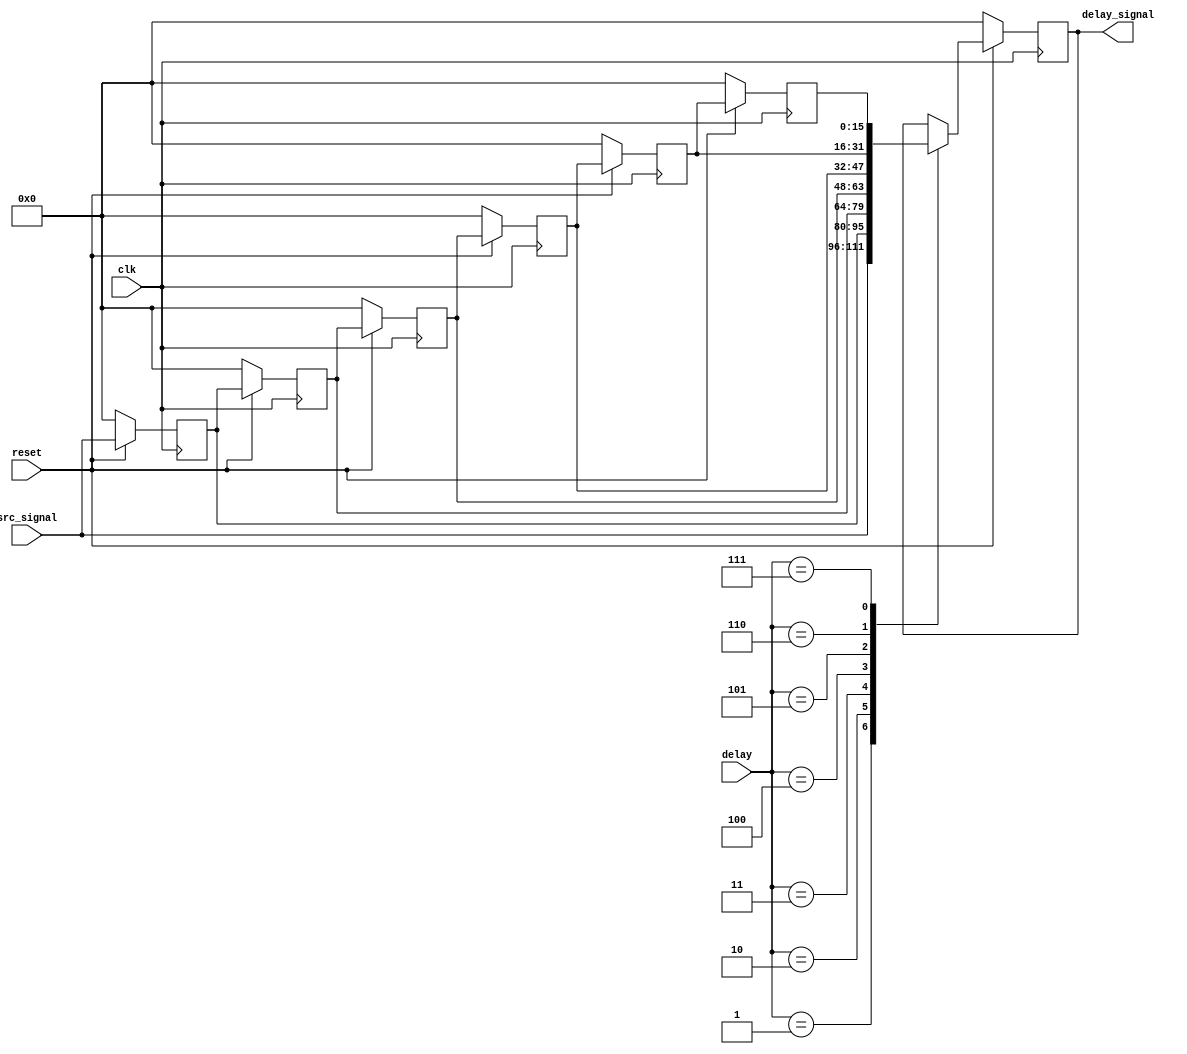
//
module int_delay(
input  clk,
input  reset,
input  [2:0]delay,
input  [15:0]src_signal,
output [15:0]delay_signal
);




//------------------------------------------
reg [15:0]src_signal_0;				//
reg [15:0]src_signal_1;
reg [15:0]src_signal_2;
reg [15:0]src_signal_3;
reg [15:0]src_signal_4;
reg [15:0]src_signal_5;


//---------------------------------------------

//--------------------------------
always@(posedge clk)
begin
	if(!reset)
	  begin 
		src_signal_0<=0;
		src_signal_1<=0;
		src_signal_2<=0;
		src_signal_3<=0;
		src_signal_4<=0;
		src_signal_5<=0;
	  end
	else
	  begin
		src_signal_0<=src_signal;
		src_signal_1<=src_signal_0;
		src_signal_2<=src_signal_1;
		src_signal_3<=src_signal_2;
		src_signal_4<=src_signal_3;
		src_signal_5<=src_signal_4;
	  end
end

reg [15:0]delay_signal_reg;
always@(posedge clk)
begin
 if(!reset)
   delay_signal_reg<=0;
 else
  case(delay)
   3'd1:delay_signal_reg<=src_signal;
   3'd2:delay_signal_reg<=src_signal_0;
   3'd3:delay_signal_reg<=src_signal_1;
   3'd4:delay_signal_reg<=src_signal_2;
   3'd5:delay_signal_reg<=src_signal_3;
   3'd6:delay_signal_reg<=src_signal_4;
   3'd7:delay_signal_reg<=src_signal_5;
  endcase
end
assign delay_signal=delay_signal_reg;
endmodule